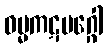
ဓမ္မကဋမဂ္ဂေါ